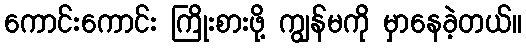
ကောင်းကောင်း ကြိုးစားဖို့ ကျွန်မကို မှာနေခဲ့တယ်။